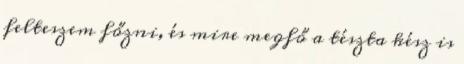
felteszem főzni, és mire megfő a tészta kész is